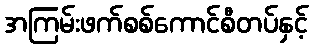
အကြမ်းဖက်စစ်ကောင်စီတပ်နှင့်